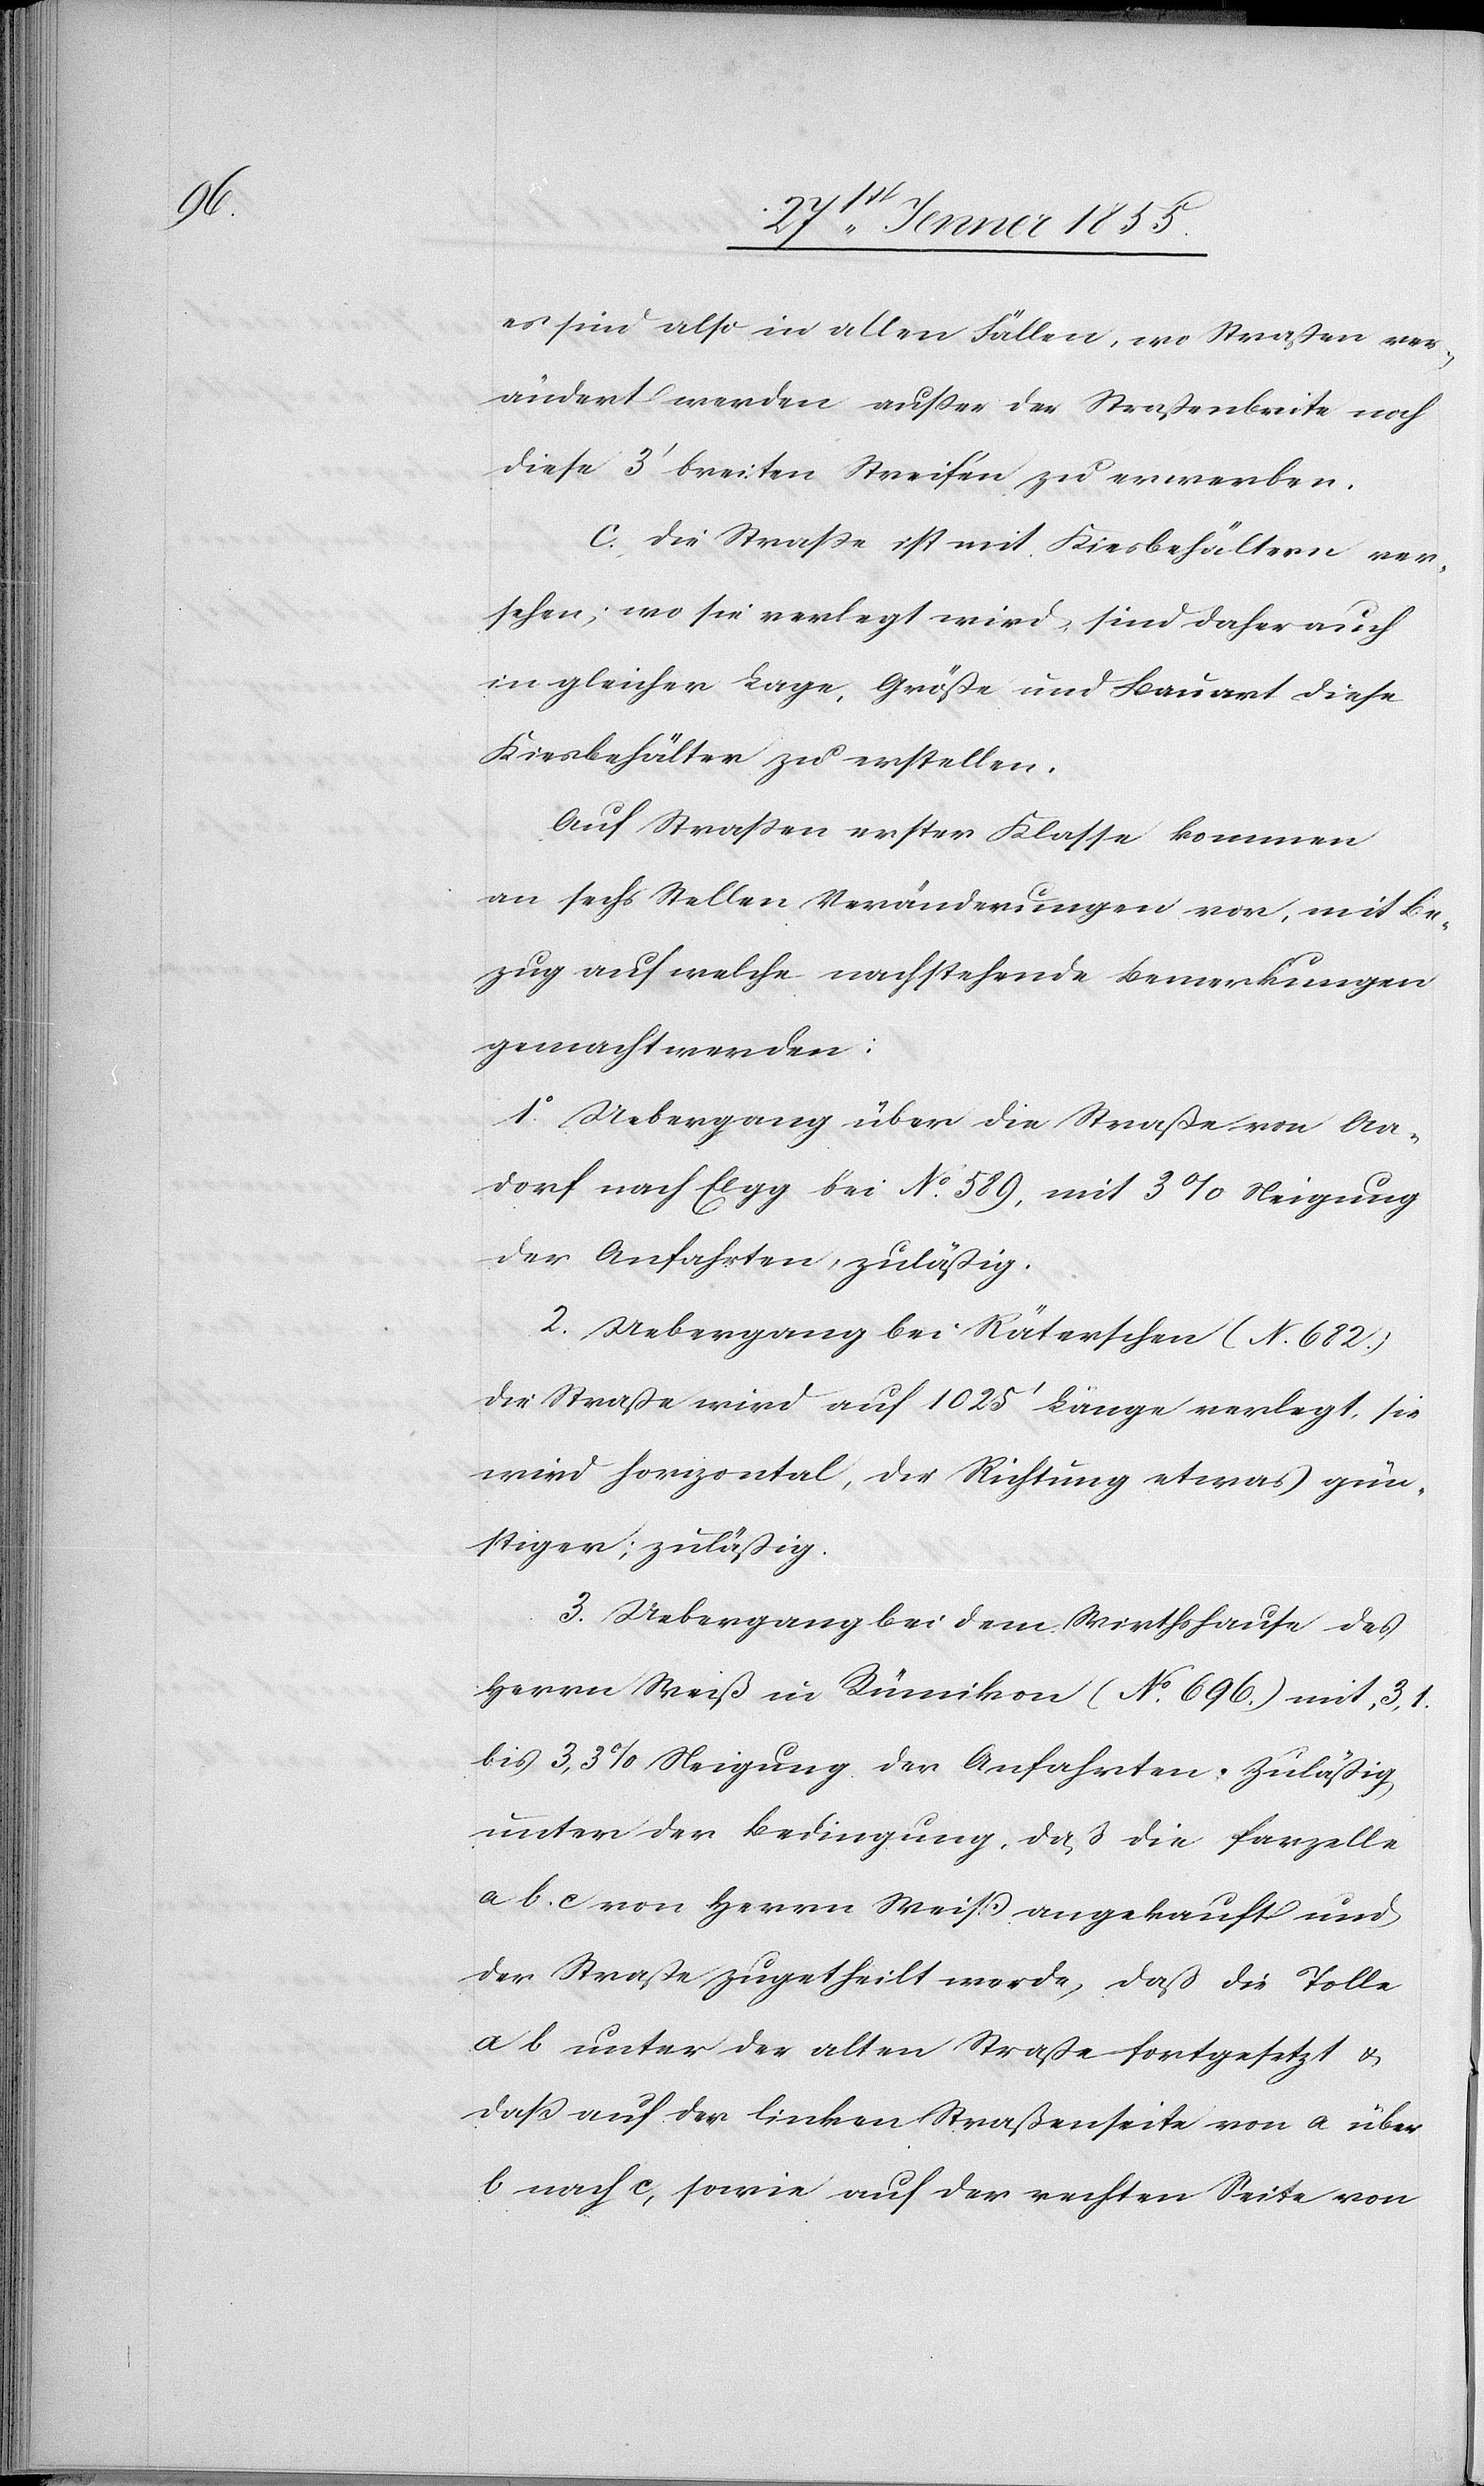
es sind also in allen Fällen, wo Straßen ver¬
ändert werden außer der Straßenbreite noch
diese 3‘ breiten Streifen zu erwerben.
c. Die Straße ist mit Kiesbehältern ver¬
sehen; wo sie verlegt wird, sind daher auch
in gleicher Lage, Größe und Bauart diese
Kiesbehälter zu erstellen.
Auf Straßen erster Klasse kommen
an sechs Stellen Veränderungen vor, mit Be¬
zug auf welche nachstehende Bemerkungen
gemacht werden:
1o. Uebergang über die Straße von Aa¬
dorf nach Elgg bei No. 589, mit 3% Steigung
der Anfahrten, zuläßig.
2. Uebergang bei Räterschen (N[o]. 682.)
die Straße wird auf 1025‘ Länge verlegt, sie
wird horizontal, die Richtung etwas gün¬
stiger; zuläßig.
3. Uebergang bei dem Wirthshause des
Herrn Weiß in Rümikon (No. 696.) mit, 3,1.
bis 3,3% Steigung der Anfahrten. Zuläßig
unter der Bedingung, daß die Parzelle
a b. c von Herrn Weiß angekauft und
der Straße zugetheilt werde, daß die Tolle
a b unter der alten Straße fortgesetzt &
daß auf der linken Straßenseite von a über
b nach c, sowie auf der rechten Seite von